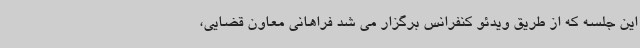
این جلسه که از طریق ویدئو کنفرانس برگزار می شد فراهانی معاون قضایی،